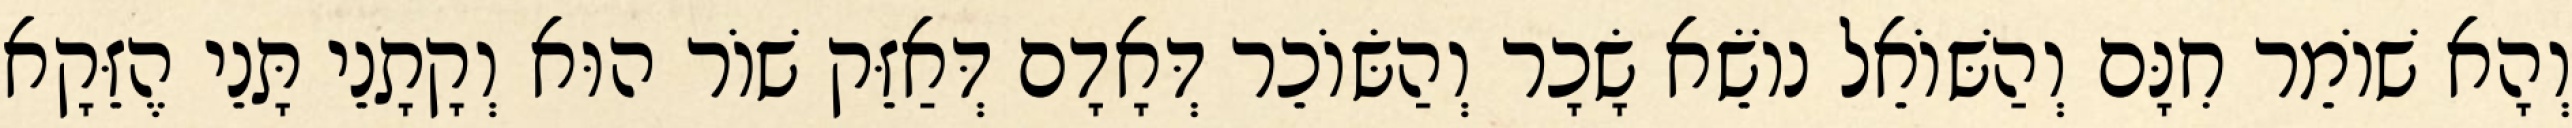
וְהָא שׁוֹמֵר חִנָּם וְהַשּׁוֹאֵל נוֹשֵׂא שָׂכָר וְהַשּׂוֹכֵר דְּאָדָם דְּאַזֵּק שׁוֹר הוּא וְקָתָנֵי תָּנֵי הֶזֵּקָא